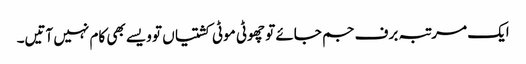
ایک مرتبہ برف جم جائے تو چھوٹی موٹی کشتیاں تو ویسے بھی کام نہیں آتیں۔